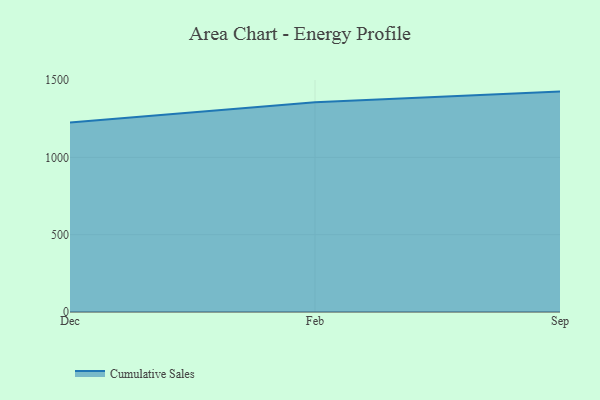
{"axis": {"x": "Month", "y": "Satisfaction Score"}, "legend": ["Cumulative Sales"], "data": [{"x": "Dec", "y": 1226.3, "type": "Cumulative Sales"}, {"x": "Feb", "y": 1356.3, "type": "Cumulative Sales"}, {"x": "Sep", "y": 1425.4, "type": "Cumulative Sales"}]}